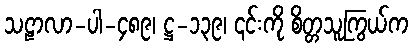
သဠာလာ-ပါ-၄၈၉၊ ဋ္ဌ-၁၃၉၊ ၎င်းကို စိတ္တသူကြွယ်က